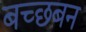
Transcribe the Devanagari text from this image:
बच्छबन